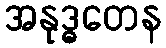
အနုဒ္ဓတေန